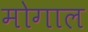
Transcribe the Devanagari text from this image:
मोगाल